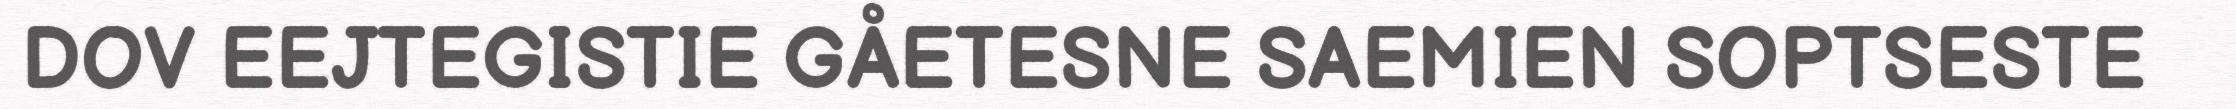
DOV EEJTEGISTIE GÅETESNE SAEMIEN SOPTSESTE